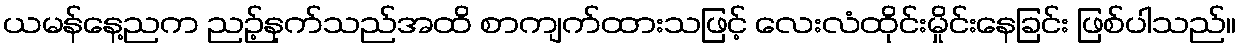
ယမန်နေ့ညက ညဉ့်နက်သည်အထိ စာကျက်ထားသဖြင့် လေးလံထိုင်းမှိုင်းနေခြင်း ဖြစ်ပါသည်။